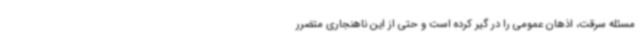
مسئله سرقت، اذهان عمومی را در گیر کرده است و حتی از این ناهنجاری متضرر